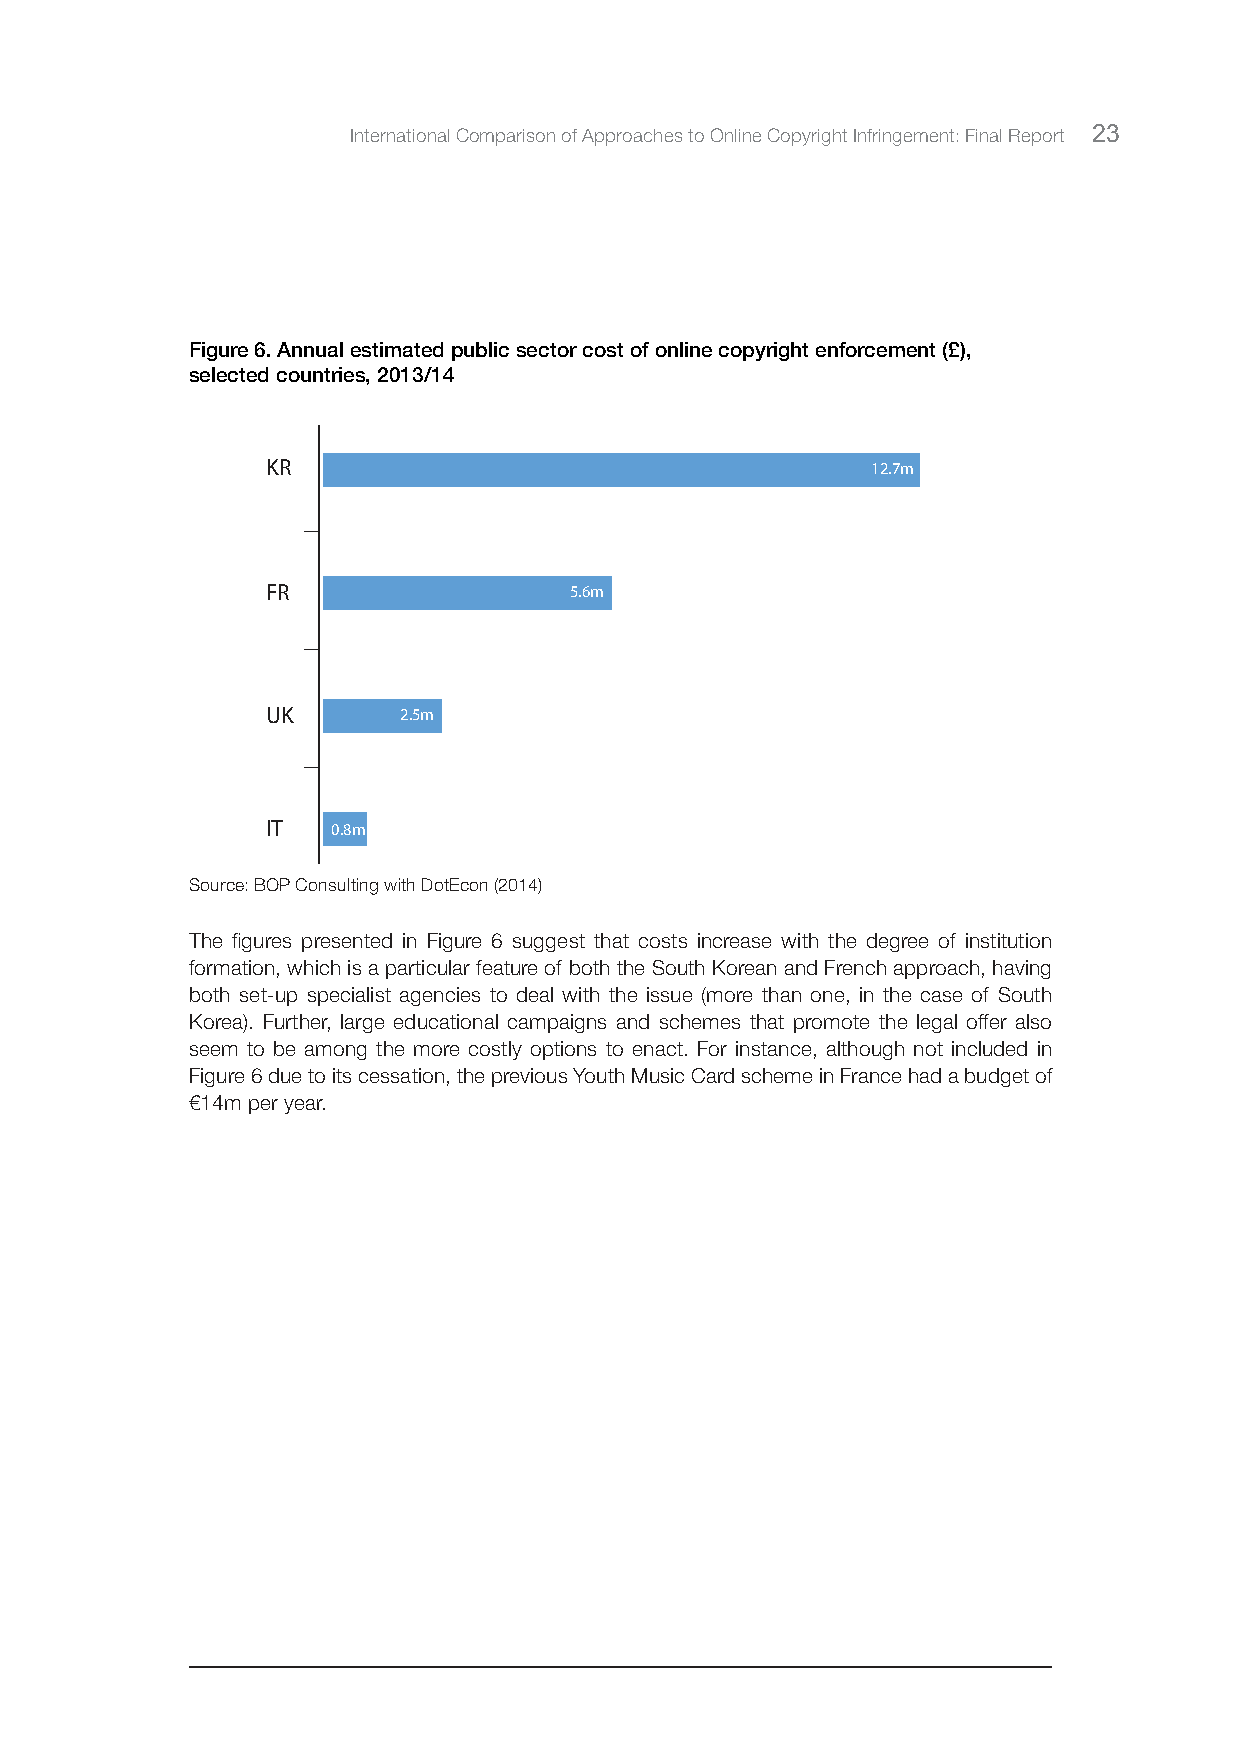
International Comparison of Approaches to Online Copyright Infringement: Final Report 23
 Figure 6. Annual estimated public sector cost of online copyright enforcement (£),
 selected countries, 2013/14
 KR                                      12.7m
 FR                  5.6m
 UK      2.5m
 IT  0.8m
 Source: BOP Consulting with DotEcon (2014)
 The figures presented in Figure 6 suggest that costs increase with the degree of institution
 formation, which is a particular feature of both the South Korean and French approach, having
 both set-up specialist agencies to deal with the issue (more than one, in the case of South
 Korea). Further, large educational campaigns and schemes that promote the legal offer also
 seem to be among the more costly options to enact. For instance, although not included in
 Figure 6 due to its cessation, the previous Youth Music Card scheme in France had a budget of
 €14m per year.